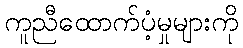
ကူညီထောက်ပံ့မှုများကို